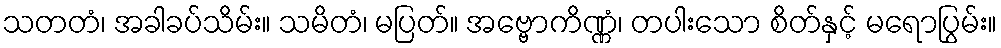
သတတံ၊ အခါခပ်သိမ်း။ သမိတံ၊ မပြတ်။ အဗ္ဗောကိဏ္ဏံ၊ တပါးသော စိတ်နှင့် မရောပြွမ်း။